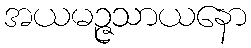
အယမဉ္ဇသာယနော